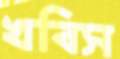
খবিস